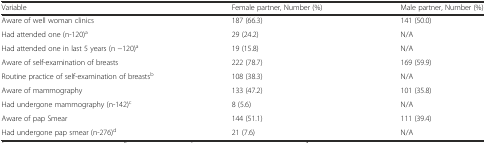
<table><thead><tr><td><b>Variable</b></td><td><b>Female partner, Number (%)</b></td><td><b>Male partner, Number (%)</b></td></tr></thead><tbody><tr><td>Aware of well woman clinics</td><td>187 (66.3)</td><td>141 (50.0)</td></tr><tr><td>Had attended one (n-120)<sup>a</sup></td><td>29 (24.2)</td><td>N/A</td></tr><tr><td>Had attended one in last 5 years (n −120)<sup>a</sup></td><td>19 (15.8)</td><td>N/A</td></tr><tr><td>Aware of self-examination of breasts</td><td>222 (78.7)</td><td>169 (59.9)</td></tr><tr><td>Routine practice of self-examination of breasts<sup>b</sup></td><td>108 (38.3)</td><td>N/A</td></tr><tr><td>Aware of mammography</td><td>133 (47.2)</td><td>101 (35.8)</td></tr><tr><td>Had undergone mammography (n-142)<sup>c</sup></td><td>8 (5.6)</td><td>N/A</td></tr><tr><td>Aware of pap Smear</td><td>144 (51.1)</td><td>111 (39.4)</td></tr><tr><td>Had undergone pap smear (n-276)<sup>d</sup></td><td>21 (7.6)</td><td>N/A</td></tr></tbody></table>